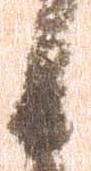
日